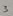
Text: 3